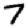
Digit: 7